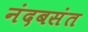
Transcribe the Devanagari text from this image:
नंदबसंत